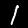
Digit: 1